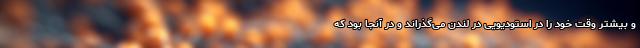
و بیشتر وقت خود را در استودیویی در لندن می‌گذراند و در آنجا بود که